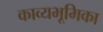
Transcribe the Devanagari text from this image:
काव्यभूमिका